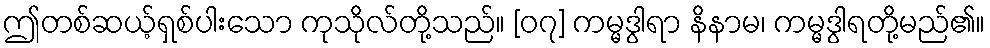
ဤတစ်ဆယ့်ရှစ်ပါးသော ကုသိုလ်တို့သည်။ [၀၇] ကမ္မဒွါရာ နိနာမ၊ ကမ္မဒွါရတို့မည်၏။